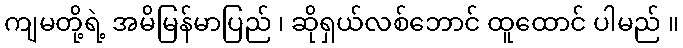
ကျမတို့ရဲ့ အမိမြန်မာပြည် ၊ ဆိုရှယ်လစ်ဘောင် ထူထောင် ပါမည် ။